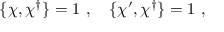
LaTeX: \{ \chi , \chi ^ { \dagger } \} = 1 ~ , ~ ~ ~ \{ \chi ^ { \prime } , \chi ^ { \dagger } \} = 1 ~ ,